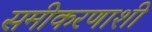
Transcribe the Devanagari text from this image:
समीकरणाशी